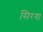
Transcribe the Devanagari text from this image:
सिरगा